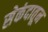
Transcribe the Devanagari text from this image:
सेकंदातून